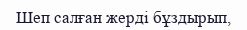
Шеп салған жерді бұздырып,